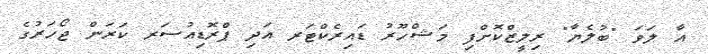
އާ ލަވަ "ބުލެޔާ" ރިލީޒްކޮށްފި މަޝްހޫރު ޑައިރެކްޓަރ އަދި ޕްރޮޑިއުސަރ ކަރަން ޖޯހަރުގެ